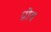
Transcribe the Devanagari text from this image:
प्रोव